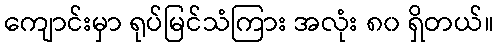
ကျောင်းမှာ ရုပ်မြင်သံကြား အလုံး ၈၀ ရှိတယ်။